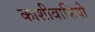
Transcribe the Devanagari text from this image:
काशीवासियो